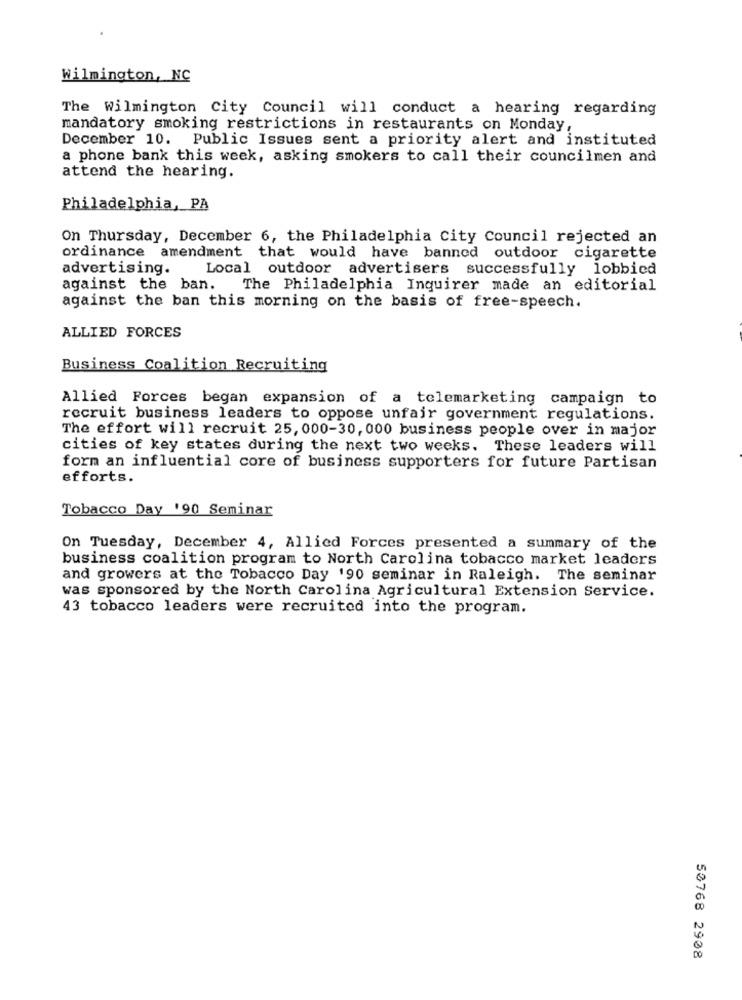
Wilmington, NC
The Wilmington City Council will conduct a hearing regarding
mandatory smoking restrictions in restaurants on Monday,
December 10. Public Issues sent a priority alert and instituted
a phone bank this week, asking smokers to call their councilmen and
attend the hearing.
Philadelphia, PA
On Thursday, December 6, the Philadelphia City Council rejected an
ordinance amendment that would have banned outdoor cigarette
advertising.
Local outdoor advertisers successfully lobbied
against the ban. The Philadelphia Inquirer made an editorial
against the ban this morning on the basis of free-speech.
ALLIED FORCES
Business Coalition Recruiting
Allied Forces began expansion of a telemarketing campaign to
recruit business leaders to oppose unfair government regulations.
The effort will recruit 25, 000-30, 000 business people over in major
cities of key states during the next two weeks. These leaders will
form an influential core of business supporters for future Partisan
efforts.
Tobacco Day '90 Seminar
On Tuesday, December 4, Allied Forces presented a summary of the
business coalition program to North Carolina tobacco market leaders
and growers at the Tobacco Day '90 seminar in Raleigh. The seminar
was sponsored by the North Carolina Agricultural Extension Service.
43 tobacco leaders were recruited into the program.
50768 2908